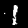
Digit: 1